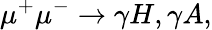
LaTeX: \mu^{+}\mu^{-}\rightarrow\gamma H,\gamma A,